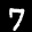
Label: 7